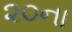
૨૦ના